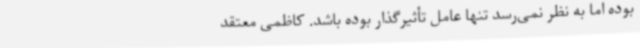
بوده اما به‌ نظر نمی‌رسد تنها عامل تأثیرگذار بوده باشد. کاظمی معتقد